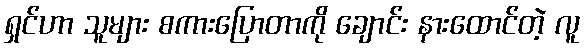
ရှင်ဟာ သူများ စကားပြောတာကို ချောင်း နားထောင်တဲ့ လူ